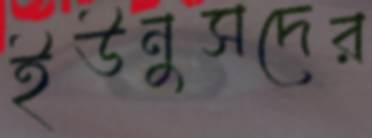
ইউনুসদের